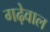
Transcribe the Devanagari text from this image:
गढ़ेवाल